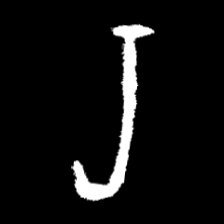
Pyu character \u2014 Myanmar letter: ရ (romanized: ra)